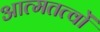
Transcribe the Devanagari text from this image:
आत्मतत्वों